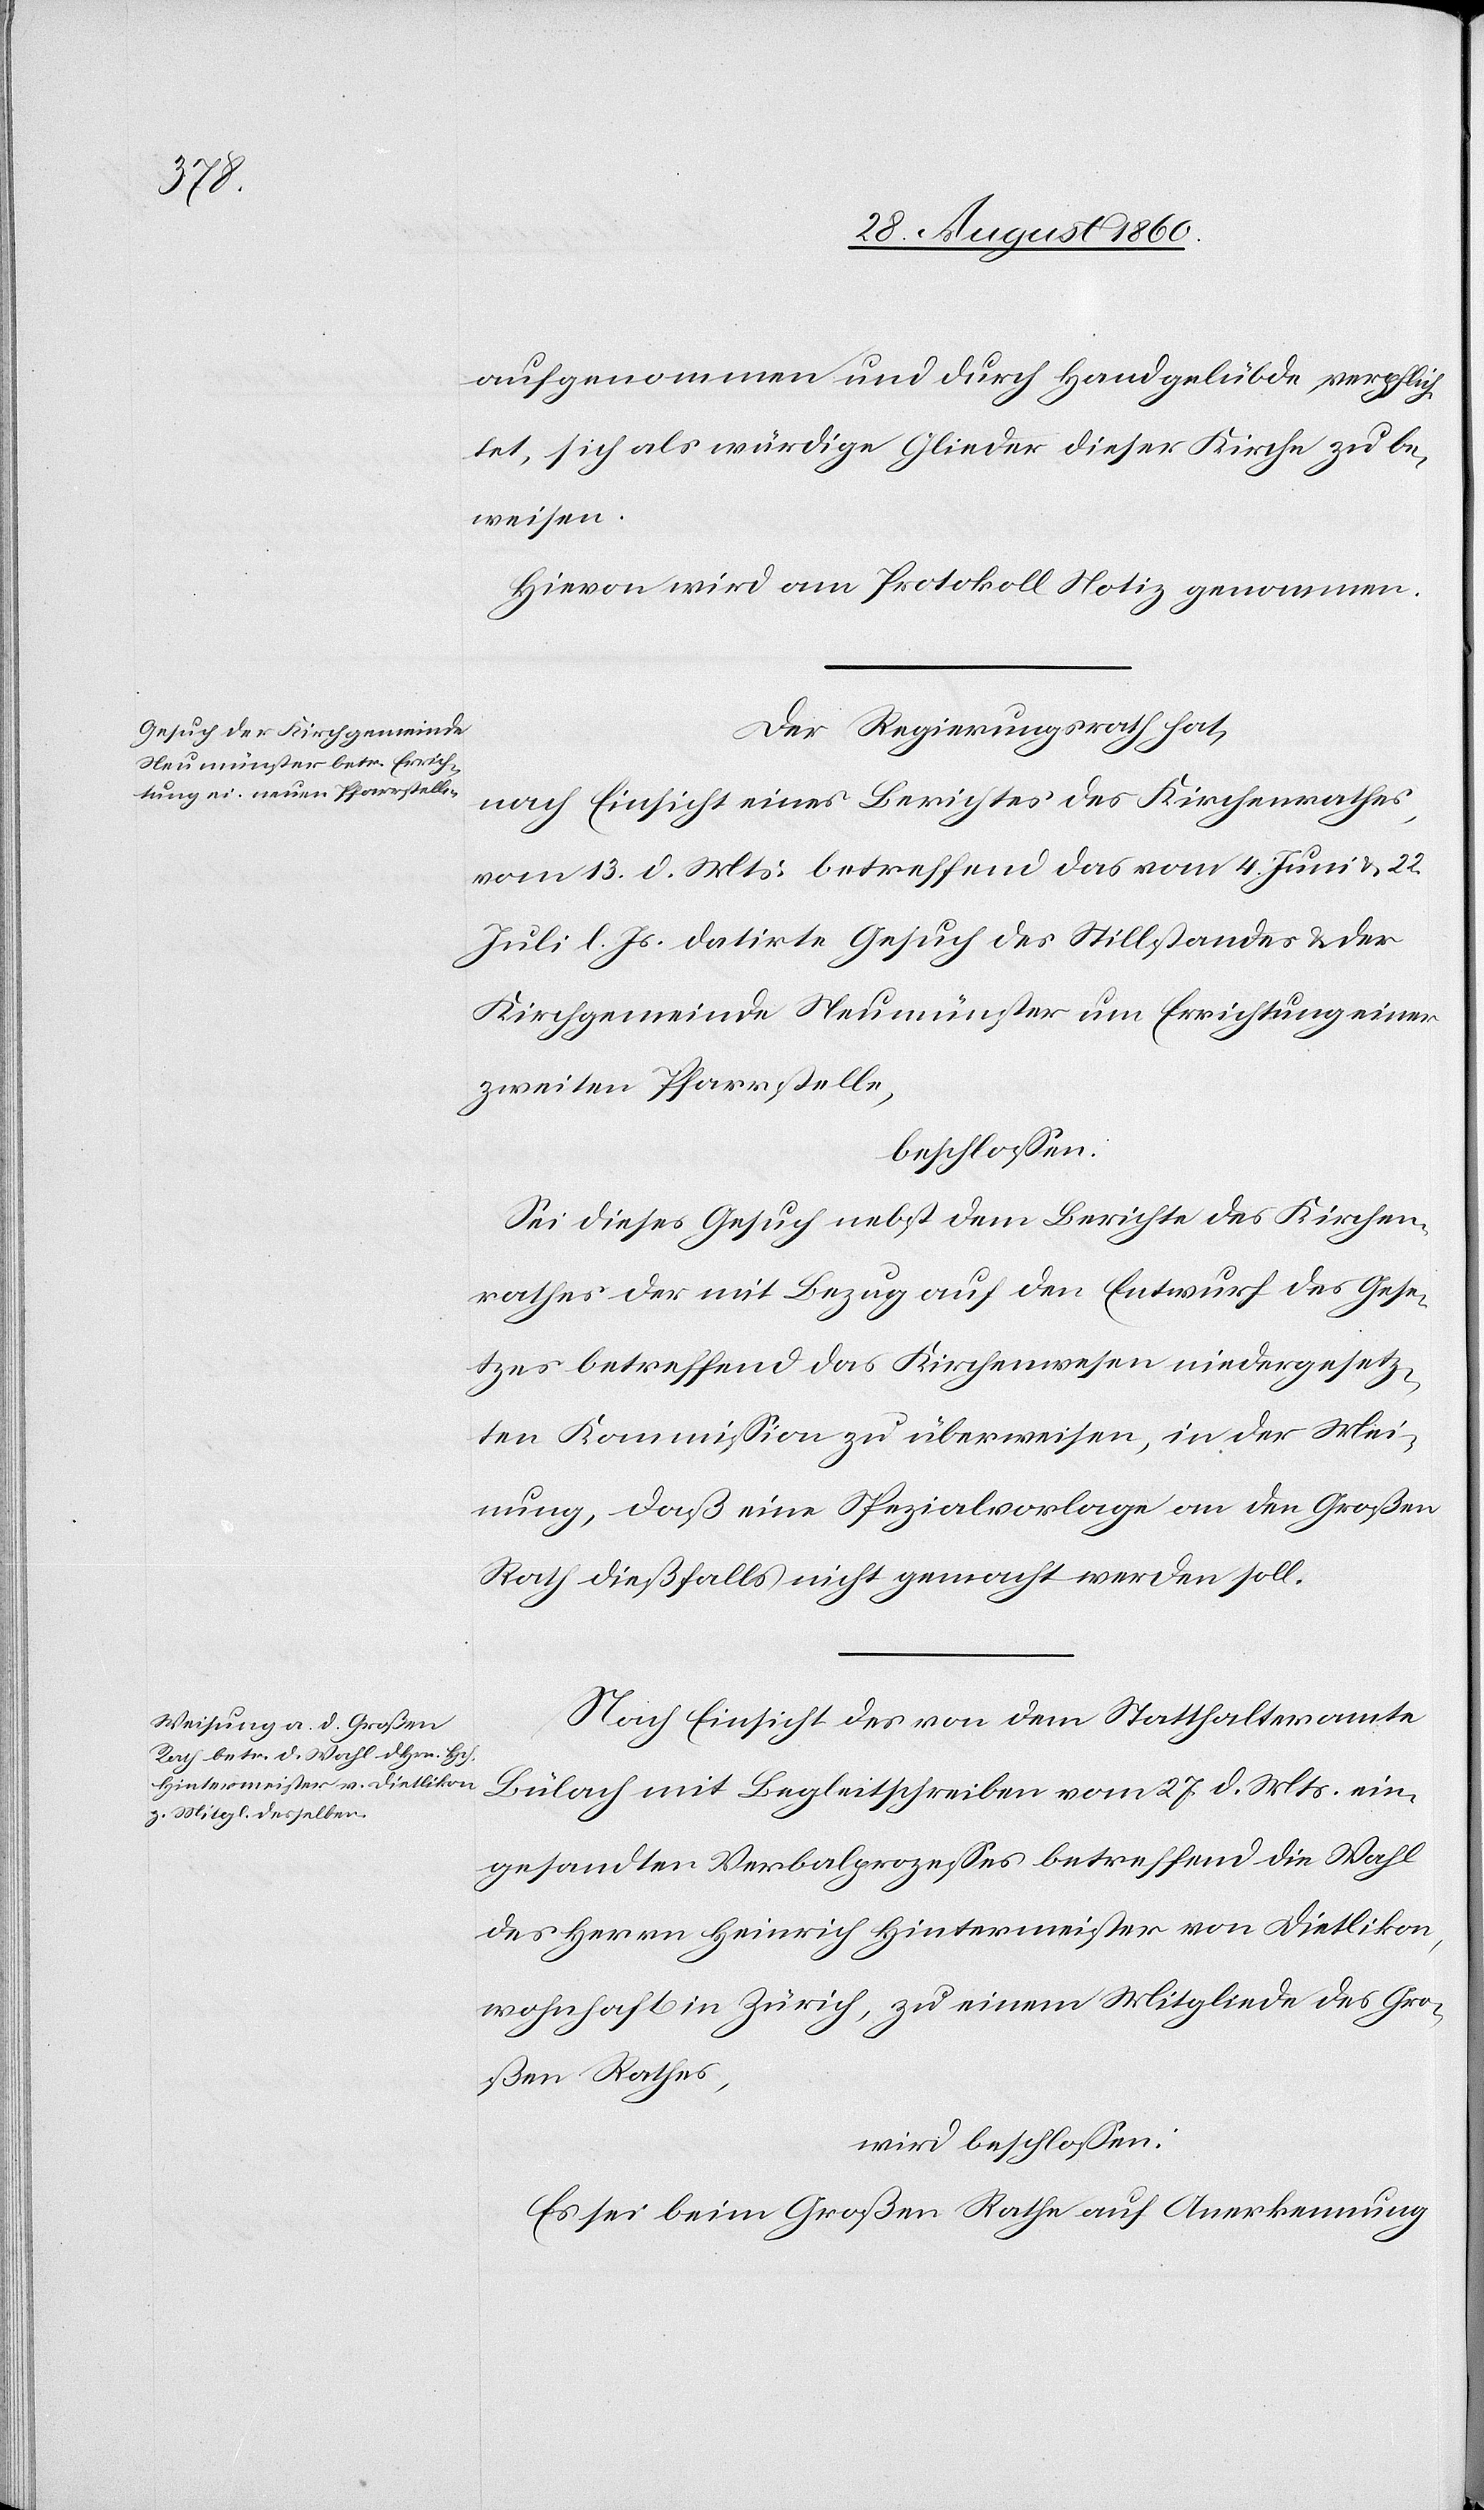
aufgenommen und durch Handgelübde verpflich¬
tet sich als würdige Glieder dieser Kirche zu be¬
weisen.
Hievon wird am Protokoll Notiz genommen.
Der Regierungsrath hat,
nach Einsicht eines Berichtes des Kirchenrathes
vom 13. d. Mts. betreffend das vom 24. Juni u. 22.
Juli d. Js. datirte Gesuch des Stillstandes u. der
Kirchengemeinde Neumünster um Errichtung einer
2ten Pfarrstelle,
beschlossen:
Sei dieses Gesuch nebst dem Berichte des Kirchen¬
rathes der mit Bezug auf den Entwurf des Gese¬
tzes betreffend das Kirchenwesen niedergesetz¬
ten Kommission zu überweisen, in der Mei¬
nung, dass eine Spezialvorlage an den Grossen
Rath diesfalls nicht gemacht werden soll.
Nach Einsicht des von dem Statthalteramte
Bülach mit Begleitschreiben vom 27. d. Mts. ein¬
gesandten Verbalprozesses betreffend die Wahl
des Hrn. Heinrich Hintermeister von Dietlikon,
wohnhaft in Zürich, zu einem Mitgliede des Gro¬
ssen Rathes
wird beschlossen:
Es sei beim Grossen Rathe auf Anerkennung